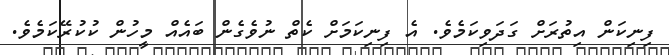
ފިނިކަން އިތުރަށް ގަދަވިކަމެވެ. އެ ފިނިކަމަށް ކެތް ނުވެގެން ބައެއް މީހުން ކުކުރޭކަމެވެ.